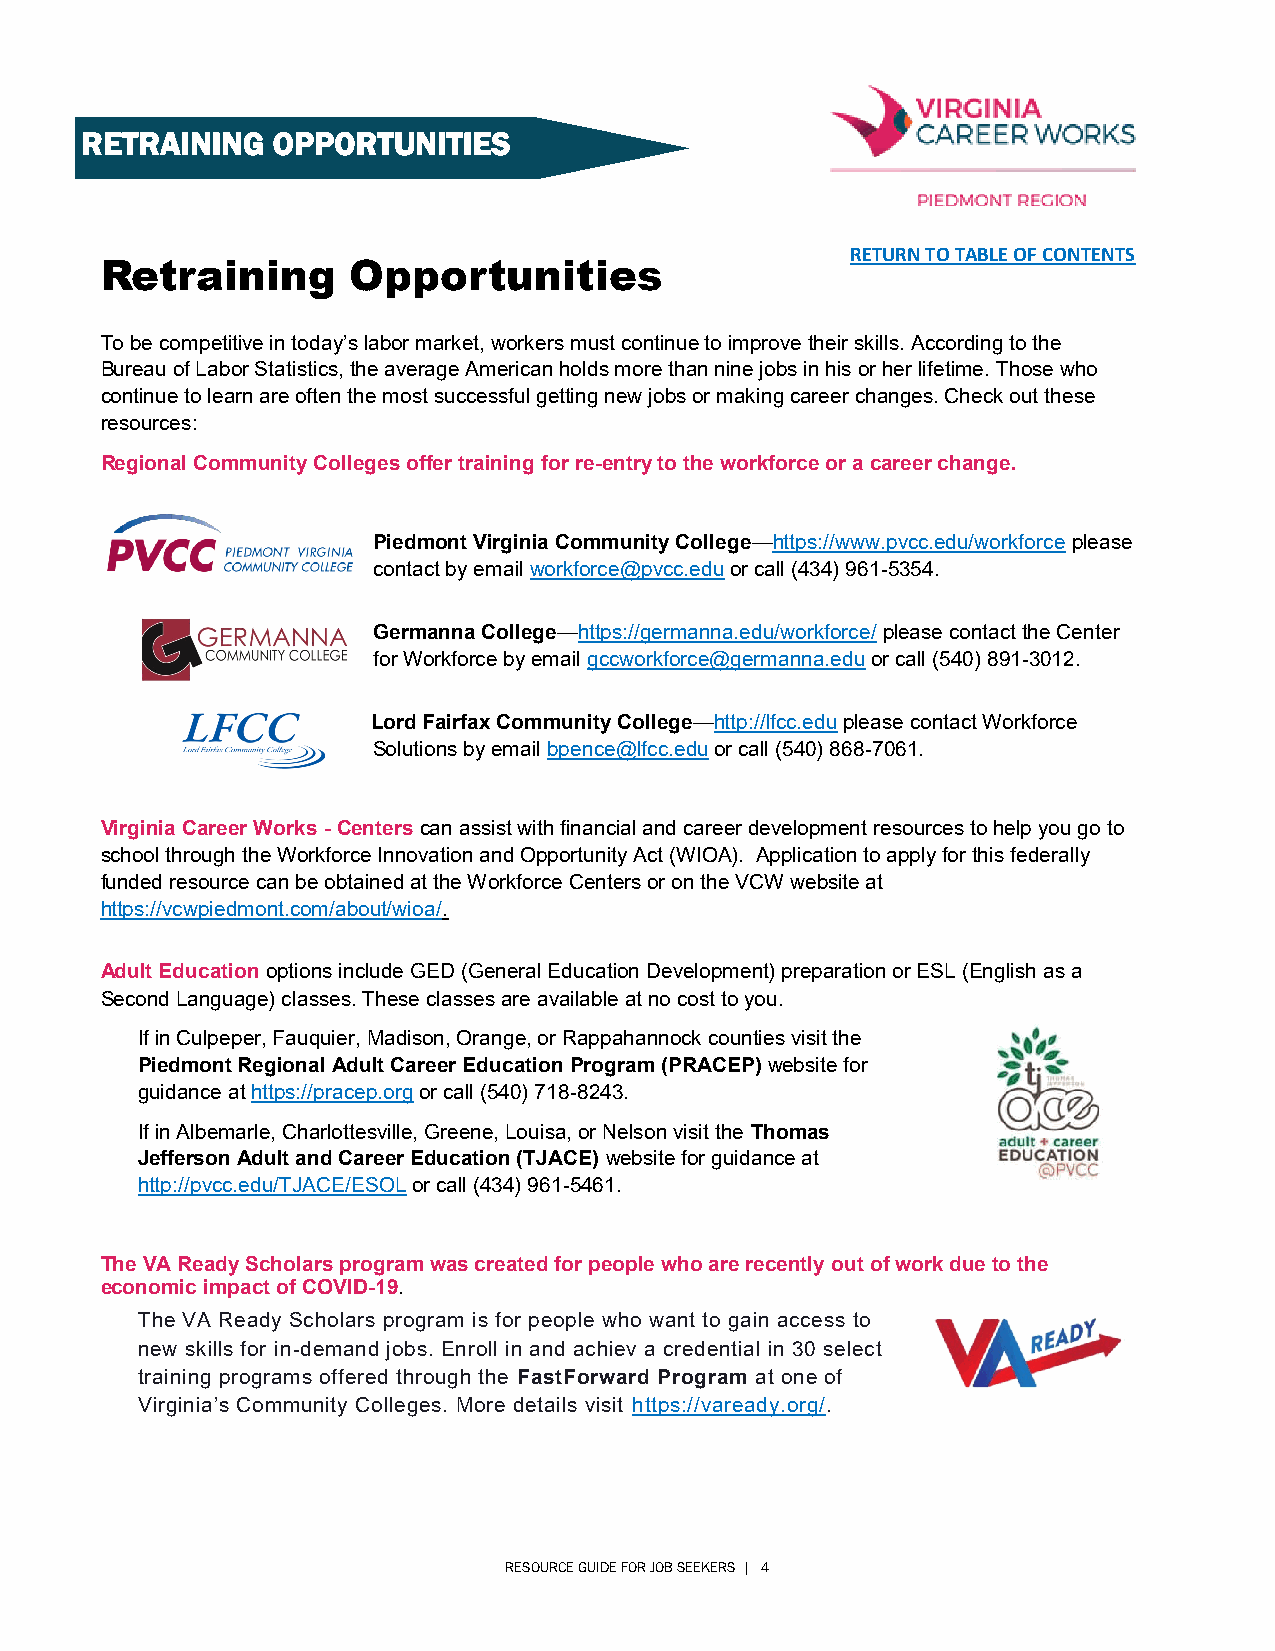
RETRAINING   OPPORTUNITIES
 RETURN TO TABLE OF CONTENTS
 Retraining      Opportunities
 To be competitive in today’s labor market, workers must continue to improve their skills. According to the
 Bureau of Labor Statistics, the average American holds more than nine jobs in his or her lifetime. Those who
 continue to learn are often the most successful getting new jobs or making career changes. Check out these
 resources:
 Regional Community Colleges offer training for re-entry to the workforce or a career change.
 Piedmont Virginia Community College—https://www.pvcc.edu/workforce please
 contact by email workforce@pvcc.edu or call (434) 961-5354.
 Germanna College—https://germanna.edu/workforce/ please contact the Center
 for Workforce by email gccworkforce@germanna.edu or call (540) 891-3012.
 Lord Fairfax Community College—http://lfcc.edu please contact Workforce
 Solutions by email bpence@lfcc.edu or call (540) 868-7061.
 Virginia Career Works - Centers can assist with financial and career development resources to help you go to
 school through the Workforce Innovation and Opportunity Act (WIOA). Application to apply for this federally
 funded resource can be obtained at the Workforce Centers or on the VCW website at
 https://vcwpiedmont.com/about/wioa/.
 Adult Education options include GED (General Education Development) preparation or ESL (English as a
 Second Language) classes. These classes are available at no cost to you.
 If in Culpeper, Fauquier, Madison, Orange, or Rappahannock counties visit the
 Piedmont Regional Adult Career Education Program (PRACEP) website for
 guidance at https://pracep.org or call (540) 718-8243.
 If in Albemarle, Charlottesville, Greene, Louisa, or Nelson visit the Thomas
 Jefferson Adult and Career Education (TJACE) website for guidance at
 http://pvcc.edu/TJACE/ESOL or call (434) 961-5461.
 The VA Ready Scholars program was created for people who are recently out of work due to the
 economic impact of COVID-19.
 The VA Ready Scholars program is for people who want to gain access to
 new skills for in-demand jobs. Enroll in and achiev a credential in 30 select
 training programs offered through the FastForward Program at one of
 Virginia’s Community Colleges. More details visit https://vaready.org/.
 RESOURCE GUIDE FOR JOB SEEKERS | 4